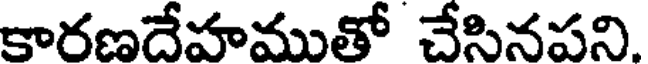
కారణదేహముతో చేసినపని.